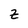
Character: Z